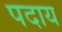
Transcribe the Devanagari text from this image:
पदाय